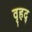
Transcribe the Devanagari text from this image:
वृहद्‌